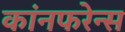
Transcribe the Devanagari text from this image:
कांनफरेन्स